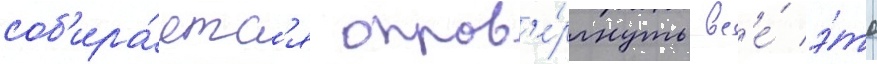
соб'ира́етс'я опров'е́ргнуть вс'е́ э́то